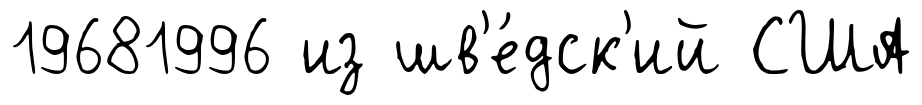
19681996 из шв'е́дск'ий США